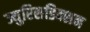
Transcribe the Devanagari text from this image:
ज्युरिसडिक्शन